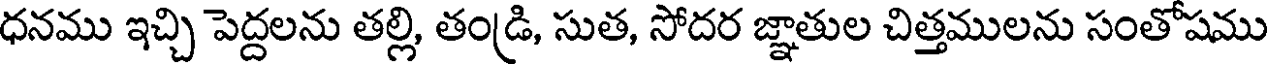
ధనము ఇచ్చి పెద్దలను తల్లి, తండ్రి, సుత, సోదర జ్ఞాతుల చిత్తములను సంతోషము